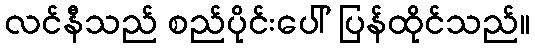
လင်နီသည် စည်ပိုင်းပေါ် ပြန်ထိုင်သည်။